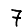
Digit: 7